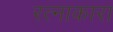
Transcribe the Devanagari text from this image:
रत्नाकारा